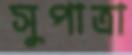
সুপাত্রা